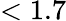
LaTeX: <1.7